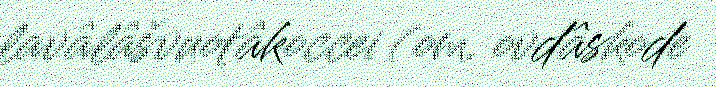
lavâlâšvuotâkoccei (om. ovdâskode